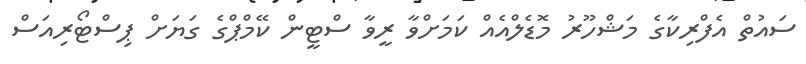
ސައުތް އެފްރިކާގެ މަޝްހޫރު މޮޑެލްއެއް ކަމަށްވާ ރީވާ ސްޓީން ކޭމްޕްގެ ގަޔަށް ޕިސްޓޯރިއަސް